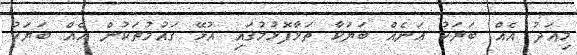
މިއަދު އެއް ބަޔަކު އަނެއް ބަޔަކާ ތަޅާފޮޅުމުގައި އުޅޭ ގައުމުތަކުން އެއް ބަޔަކު